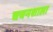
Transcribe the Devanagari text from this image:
चयनशाला